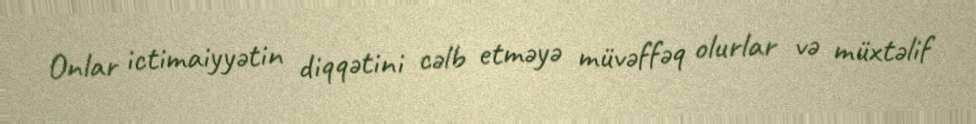
Onlar ictimaiyyətin diqqətini cəlb etməyə müvəffəq olurlar və müxtəlif